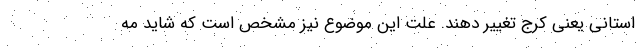
استانی یعنی کرج تغییر دهند. علت این موضوع نیز مشخص است که شاید مه